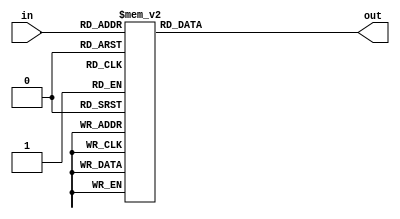
/*
   This file was generated automatically by the Mojo IDE version B1.3.6.
   Do not edit this file directly. Instead edit the original Lucid source.
   This is a temporary file and any changes made to it will be destroyed.
*/

module seven_seg_5 (
    input [3:0] in,
    output reg [7:0] out
  );
  
  
  
  always @* begin
    out = 1'h0;
    
    case (in)
      4'h0: begin
        out = 8'h77;
      end
      4'h1: begin
        out = 8'h24;
      end
      4'h2: begin
        out = 8'hb3;
      end
      4'h3: begin
        out = 8'hb6;
      end
      4'h4: begin
        out = 8'hd4;
      end
      4'h5: begin
        out = 8'he6;
      end
      4'h6: begin
        out = 8'he7;
      end
      4'h7: begin
        out = 8'h34;
      end
      4'h8: begin
        out = 8'hf7;
      end
      4'h9: begin
        out = 8'hf6;
      end
      4'hf: begin
        out = 8'h67;
      end
    endcase
  end
endmodule